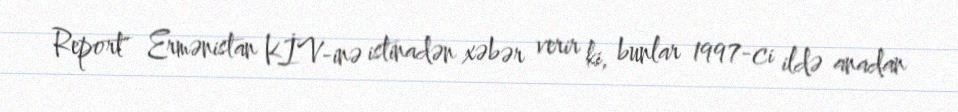
Report" Ermənistan KİV-inə istinadən xəbər verir ki, bunlar 1997-ci ildə anadan